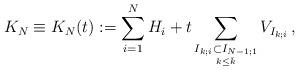
LaTeX: \begin{align*}K_{N}\equiv K_{N}(t):= \sum_{i=1}^{N} H_i + t \sum_{\underset{k \leq \bar{k}}{I_{k;i}\subset I_{N-1;1}}} V_{I_{k;i}}\,, \end{align*}